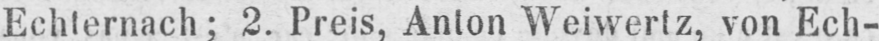
Echternach; 2. Preis, Anton Weiwertz, von Ech-